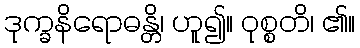
ဒုက္ခနိရောဓန္တိ၊ ဟူ၍။ ဝုစ္စတိ၊ ၏။